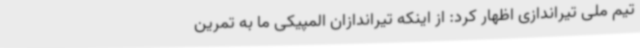
تیم ملی تیراندازی اظهار کرد: از اینکه تیراندازان المپیکی ما به تمرین